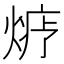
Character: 𱫬